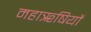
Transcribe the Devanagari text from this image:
महाॠषियों